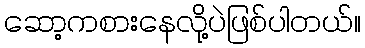
ဆော့ကစားနေလို့ပဲဖြစ်ပါတယ်။